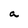
Character: a